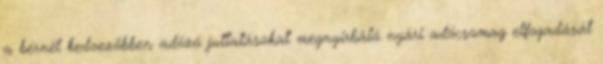
a bérnél kedvezőbben adózó juttatásokat megnyirbáló nyári adócsomag elfogadását